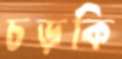
চড়কি